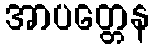
အာပတ္တေန